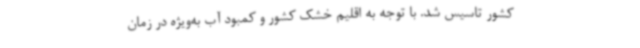
کشور تاسیس شد. با توجه به اقلیم خشک کشور و کمبود آب به‌ویژه در زمان